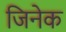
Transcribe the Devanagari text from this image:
जिनेक